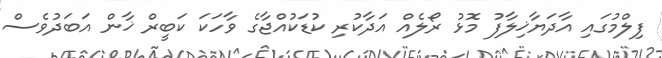
ފިލްމުގައި އާދަޔާޚިލާފު މޮޅު ރޯލެއް އަދާކުރި ކުޑަކުއްޖާގެ ވާހަކަ ކަބީރް ޚާން އަބަދުވެސް